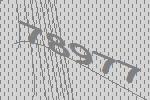
78977